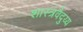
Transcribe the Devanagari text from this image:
शास्त्रवैदुय्य